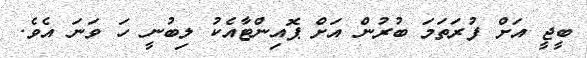
ބީޖީ އަށް ފުރަތަމަ ބުރުން އަށް ޕޮއިންޓާއެކު ލިބުނީ ހަ ވަނަ އެވެ.